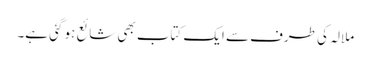
ملالہ کی طرف سے ایک کتاب بھی شائع ہو گئی ہے۔